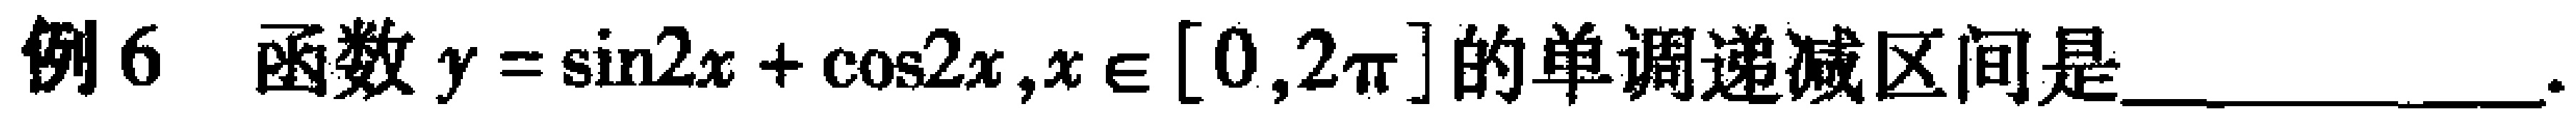
例6 函数$y = \sin 2x + \cos 2x,x \in [0,2\pi]$的单调递减区间是______________.